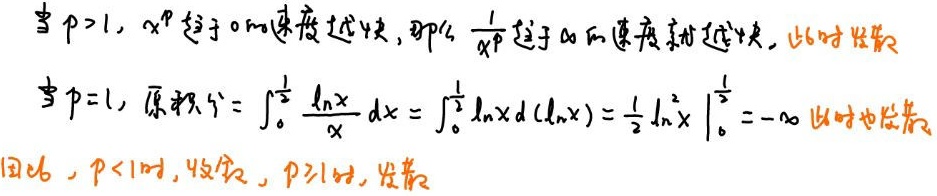
当 \( p > 1 \)，\( x^p \) 趋于 \( 0 \) 的速度越快，那么 \( \frac{1}{x^p} \) 趋于 \( \infty \) 的速度就越快，此时发散。
当 \( p = 1 \)，原积分 \( \int_{0}^{\frac{1}{2}} \frac{\ln x}{x} dx = \int_{0}^{\frac{1}{2}} \ln x d(\ln x) = \frac{1}{2} \ln^2 x \big|_{0}^{\frac{1}{2}} = -\infty \) 此时也发散。
因此，\( p < 1 \) 时，收敛，\( p \geq 1 \) 时，发散。